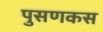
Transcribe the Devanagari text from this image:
पुसणकस